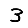
Digit: 3